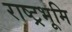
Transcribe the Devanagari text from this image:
राष्ट्रभूमि